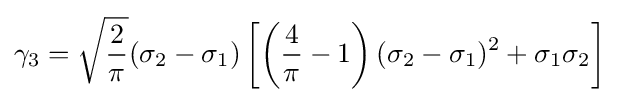
\gamma _{3}={\sqrt {\frac {2}{\pi }}}(\sigma _{2}-\sigma _{1})\left[\left({\frac {4}{\pi }}-1\right)(\sigma _{2}-\sigma _{1})^{2}+\sigma _{1}\sigma _{2}\right]